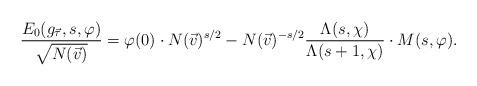
LaTeX: \begin{align*}\frac{ E_0( g_{\vec{\tau}} , s ,\varphi) }{ \sqrt{ N(\vec{v} ) } } = \varphi(0) \cdot N(\vec{v})^{s/2} - N(\vec{v})^{-s/2} \frac{\Lambda(s , \chi ) }{\Lambda(s+1,\chi)} \cdot M (s,\varphi) .\end{align*}